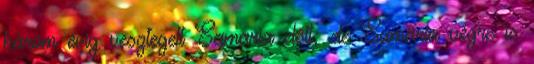
három évig vesztegelt Samaria előtt: de Samaria végre is